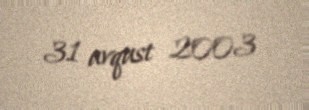
31 avqust 2003